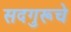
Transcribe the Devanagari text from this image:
सदगुरूचे